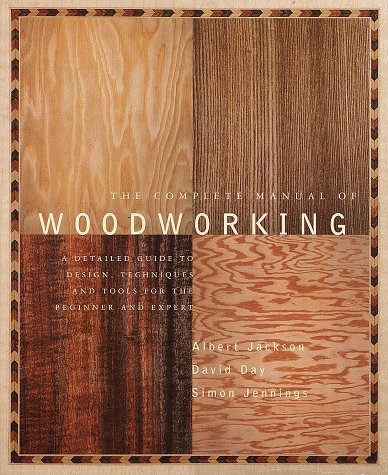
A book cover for The Complete Manual of Woodworking; Albert Jackson; Crafts, Hobbies & Home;